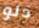
دلو